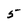
Character: 5